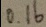
0 . 1 6